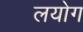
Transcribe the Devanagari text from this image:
लयोग